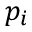
p _ { i }